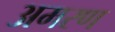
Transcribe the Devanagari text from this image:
अमरण